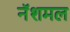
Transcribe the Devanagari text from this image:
नॅशमल